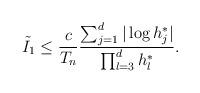
LaTeX: \begin{align*} \tilde{I}_1 & \le \frac{c}{T_n} \frac{\sum_{j = 1}^d |\log h_j^*|}{\prod_{l = 3}^d h_l^*}. \end{align*}